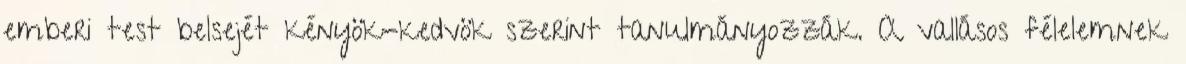
emberi test belsejét kényök-kedvök szerint tanulmányozzák. A vallásos félelemnek